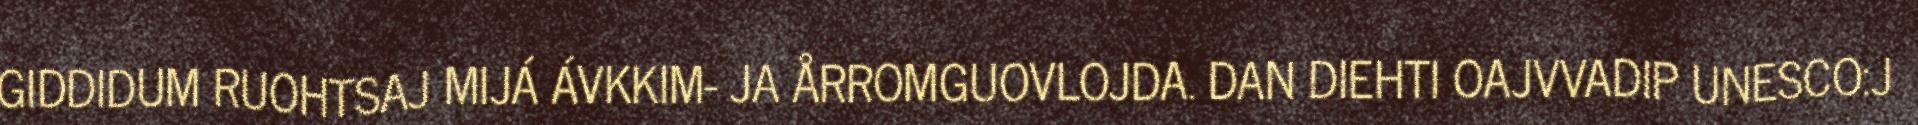
GIDDIDUM RUOHTSAJ MIJÁ ÁVKKIM- JA ÅRROMGUOVLOJDA. DAN DIEHTI OAJVVADIP UNESCO:J